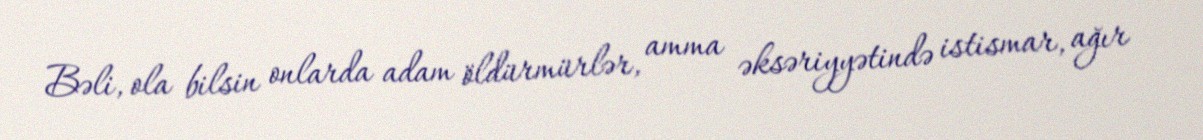
Bəli, ola bilsin onlarda adam öldürmürlər, amma əksəriyyətində istismar, ağır